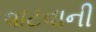
વાટવાની